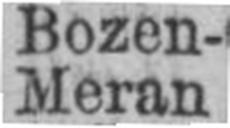
Meran